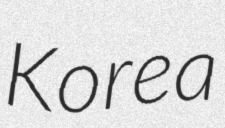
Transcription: Korea